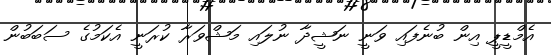
އެމްޑީޕީ އިން ބުނެފައި ވަނީ ނަޝީދާ ނުލައި މަޝްވަރާ ކުރަނީ އެކަމުގެ ސަބަބުން